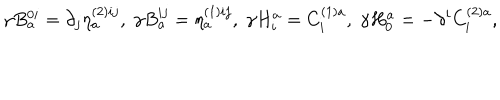
\gamma B _ { a } ^ { 0 i } = \partial _ { j } \eta _ { a } ^ { ( 2 ) i j } , \; \gamma B _ { a } ^ { i j } = \eta _ { a } ^ { ( 1 ) i j } , \; \gamma H _ { i } ^ { a } = C _ { i } ^ { ( 1 ) a } , \; \gamma H _ { 0 } ^ { a } = - \partial ^ { i } C _ { i } ^ { ( 2 ) a } ,